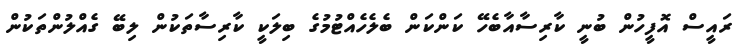
ރައީސް އޮފީހުން ބުނީ ކާރިސާއާބެހޭ ކަންކަން ބެލެހެއްޓުމުގެ ބިލަކީ ކާރިސާތަކުން ލިބޭ ގެއްލުންތަކުން